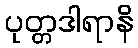
ပုတ္တဒါရာနိ